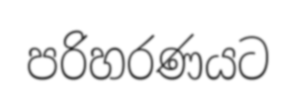
පරිහරණයට